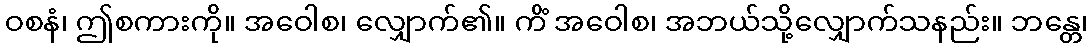
ဝစနံ၊ ဤစကားကို။ အဝေါစ၊ လျှောက်၏။ ကိံ အဝေါစ၊ အဘယ်သို့လျှောက်သနည်း။ ဘန္တေ၊